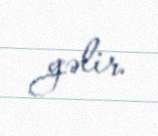
gəlir.